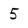
Character: 5